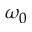
\omega _ { 0 }